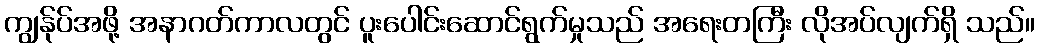
ကျွန်ုပ်အဖို့ အနာဂတ်ကာလတွင် ပူးပေါင်းဆောင်ရွက်မှုသည် အရေးတကြီး လိုအပ်လျက်ရှိ သည်။